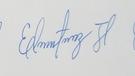
Signature authenticity: genuine